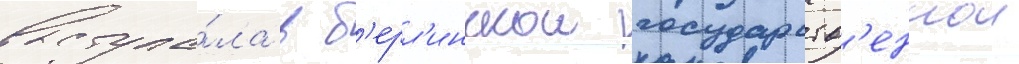
выступа́ла в б'ерл'инскои государств'еннои